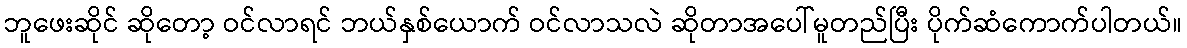
ဘူဖေးဆိုင် ဆိုတော့ ဝင်လာရင် ဘယ်နှစ်ယောက် ဝင်လာသလဲ ဆိုတာအပေါ်မူတည်ပြီး ပိုက်ဆံကောက်ပါတယ်။